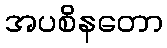
အပစိနတော